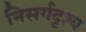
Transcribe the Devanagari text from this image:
निसर्गदृश्य